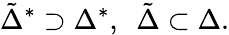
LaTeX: {\tilde{\Delta}}^{*}\supset{{\Delta}^{*}},\ \ {\tilde{\Delta}}\subset{\Delta}.